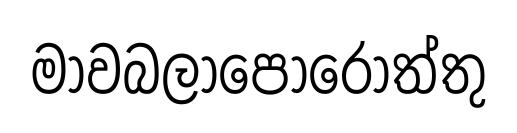
මාවබලාපොරොත්තු